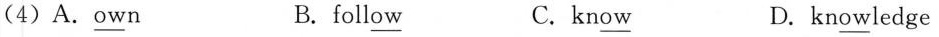
(4)A.\underline{ow}n B. foll\underline{ow} C.kn\underline{ow} D.kn\underline{ow}ledge